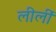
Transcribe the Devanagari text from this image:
लीलीं